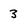
Character: 3